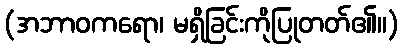
(အဘာဝကရော၊ မရှိခြင်းကိုပြုတတ်၏။)